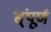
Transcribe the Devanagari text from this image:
स्ंपूर्ण